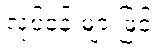
လုပ်ငန်းများဖြင့်